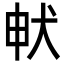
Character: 𭸁